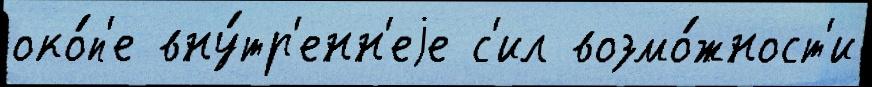
око́п'е вну́тр'енн'еjе с'ил возмо́жност'и